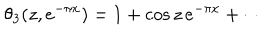
\theta _ { 3 } ( z , e ^ { - \pi x } ) = 1 + \cos z \, e ^ { - \pi x } + \cdots